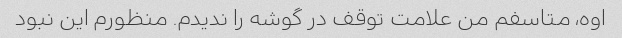
اوه، متاسفم من علامت توقف در گوشه را ندیدم. منظورم این نبود